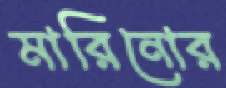
মারিনোর